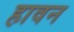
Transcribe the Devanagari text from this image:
हावन